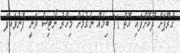
ގްރޫޕަށް ދޫކޮށްފައި އޮތް 11 ބިމެއް ނެގުމަށް މިހާރު ނޯޓިސް ވަނީ ފޮނުވައިފަ